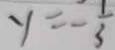
y = - \frac { 1 } { 3 }